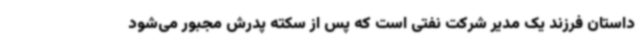
داستان فرزند یک مدیر شرکت نفتی است که پس از سکته پدرش مجبور می‌شود